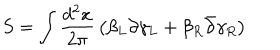
S = \int { \frac { d ^ { 2 } x } { 2 \pi } } \left( \beta _ { L } \partial \gamma _ { L } + \beta _ { R } \bar { \partial } \gamma _ { R } \right)